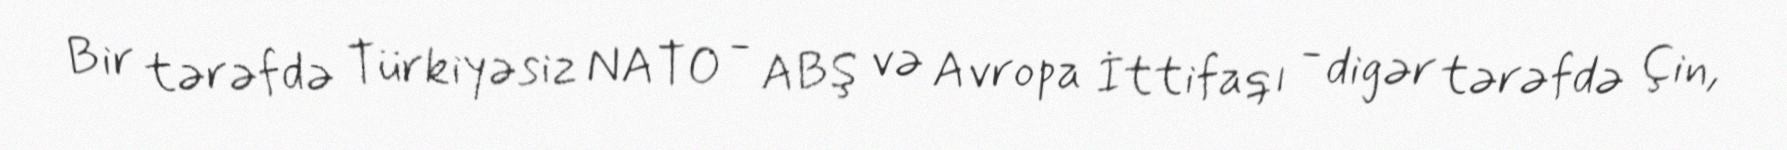
Bir tərəfdə Türkiyəsiz NATO - ABŞ və Avropa İttifaqı - digər tərəfdə Çin,